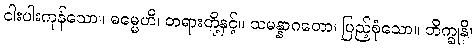
ငါးပါးကုန်သော။ ဓမ္မေဟိ၊ တရားတို့နှင့်။ သမန္နာဂတော၊ ပြည့်စုံသော။ ဘိက္ခုနိ၊